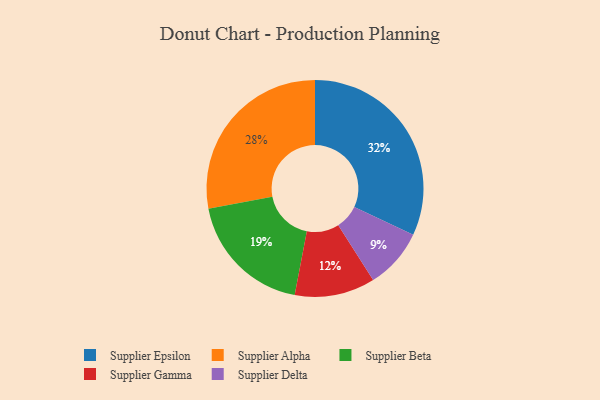
{"axis": {"x": "Category", "y": "Percentage"}, "legend": ["Supplier Alpha", "Supplier Beta", "Supplier Delta", "Supplier Epsilon", "Supplier Gamma"], "data": [{"x": "Supplier Delta", "y": 9, "type": "Supplier Delta"}, {"x": "Supplier Alpha", "y": 28, "type": "Supplier Alpha"}, {"x": "Supplier Beta", "y": 19, "type": "Supplier Beta"}, {"x": "Supplier Epsilon", "y": 32, "type": "Supplier Epsilon"}, {"x": "Supplier Gamma", "y": 12, "type": "Supplier Gamma"}]}